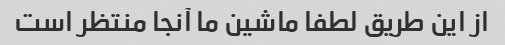
از این طریق لطفا ماشین ما آنجا منتظر است